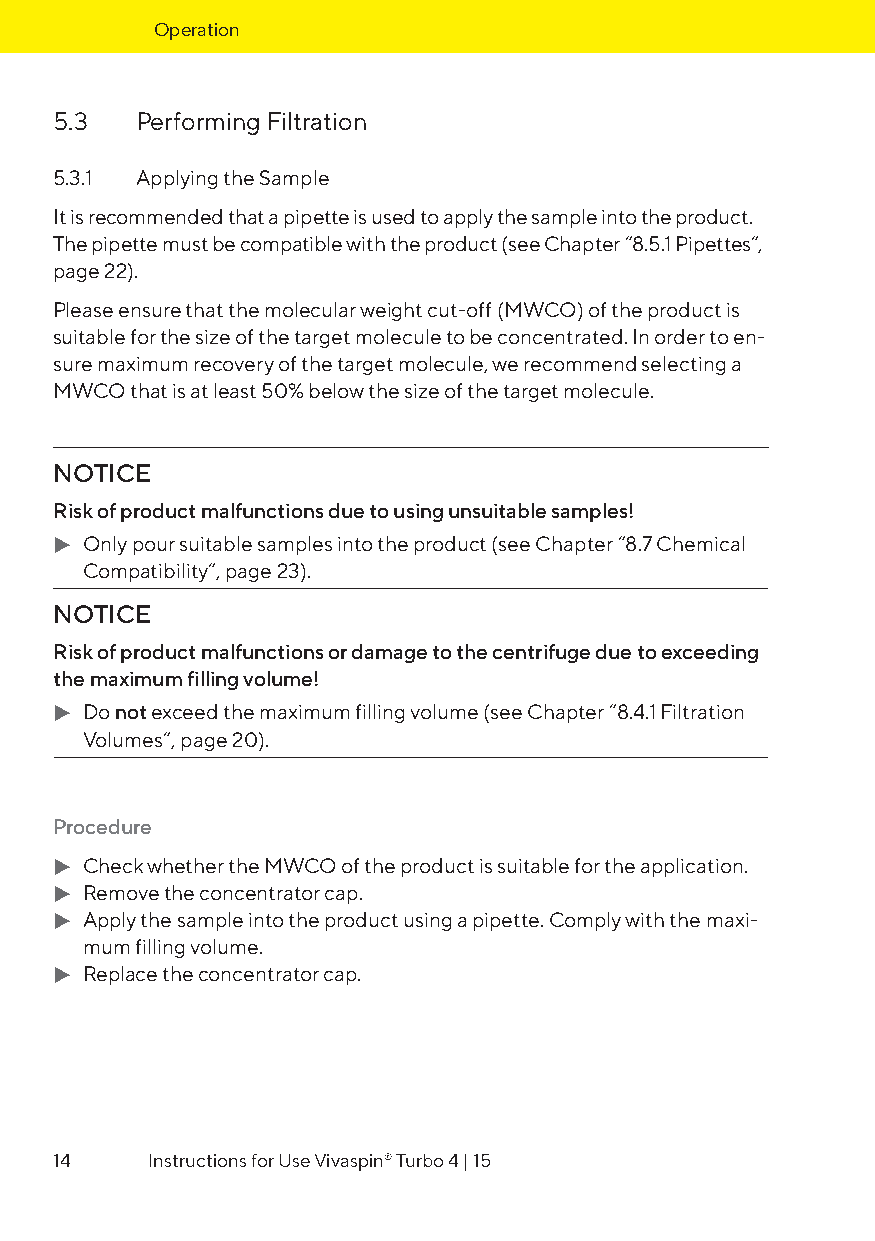
Operation
 5.3  Performing Filtration
 5.3.1 Applying the Sample
 It is recommended that a pipette is used to apply the sample into the product.
 The pipette must be compatible with the product (see Chapter “8.5.1 Pipettes“,
 page 22).
 Please ensure that the molecular weight cut-off (MWCO) of the product is
 suitable for the size of the target molecule to be concentrated. In order to en-
 sure maximum recovery of the target molecule, we recommend selecting a
 MWCO that is at least 50% below the size of the target molecule.
 NOTICE
 Risk of product malfunctions due to using unsuitable samples!
 t Only pour suitable samples into the product (see Chapter “8.7 Chemical
 Compatibility“, page 23).
 NOTICE
 Risk of product malfunctions or damage to the centrifuge due to exceeding
 the maximum filling volume!
 t Do not exceed the maximum filling volume (see Chapter “8.4.1 Filtration
 Volumes“, page 20).
 Procedure
 t Check whether the MWCO of the product is suitable for the application.
 t Remove the concentrator cap.
 t Apply the sample into the product using a pipette. Comply with the maxi-
 mum filling volume.
 t Replace the concentrator cap.
 14    Instructions for Use Vivaspin® Turbo 4 | 15